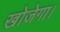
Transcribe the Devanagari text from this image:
खोजेगा।